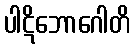
ပါဋိဘောဂေါတိ